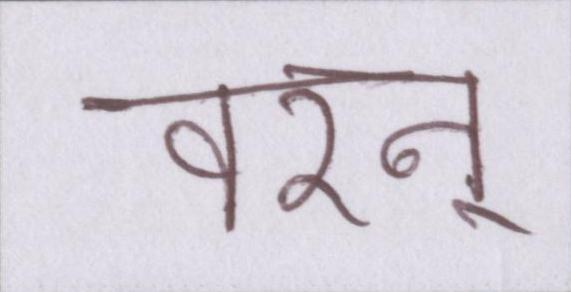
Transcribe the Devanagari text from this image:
वरन्